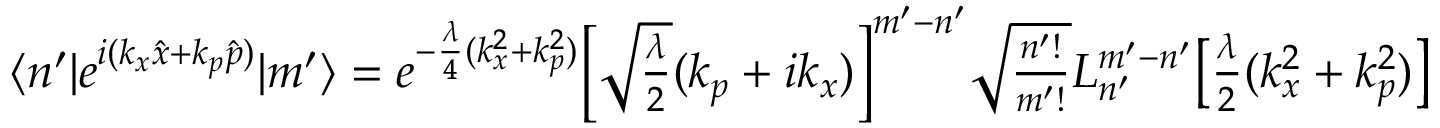
\begin{array} { r } { \langle n ^ { \prime } | e ^ { i ( k _ { x } \hat { x } + k _ { p } \hat { p } ) } | m ^ { \prime } \rangle = e ^ { - \frac { \lambda } { 4 } ( k _ { x } ^ { 2 } + k _ { p } ^ { 2 } ) } \Big [ \sqrt { \frac { \lambda } { 2 } } ( k _ { p } + i k _ { x } ) \Big ] ^ { m ^ { \prime } - n ^ { \prime } } \sqrt { \frac { n ^ { \prime } ! } { m ^ { \prime } ! } } L _ { n ^ { \prime } } ^ { m ^ { \prime } - n ^ { \prime } } \big [ \frac { \lambda } { 2 } ( k _ { x } ^ { 2 } + k _ { p } ^ { 2 } ) \big ] } \end{array}